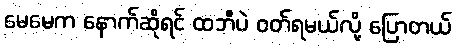
မေမေက နောက်ဆိုရင် ထဘီပဲ ဝတ်ရမယ်လို့ ပြောတယ်